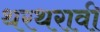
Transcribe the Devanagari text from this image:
थरथरावी